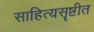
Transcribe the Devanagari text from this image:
साहित्यसॄष्टीत